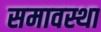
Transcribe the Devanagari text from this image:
समावस्था